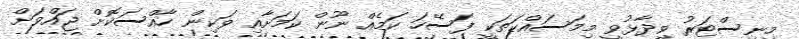
މިނިސްޓަރު ވިދާޅުވީ މިމަސައްކަތަކީ ފަސޭހަ ކަމެއް ނޫން ކަމަށާއި ވަކިން ހާއްސަކޮށް ޖައްވަށް